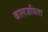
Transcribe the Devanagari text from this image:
कालजयिता